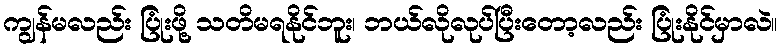
ကျွန်မလည်း ပြုံးဖို့ သတိမရနိုင်ဘူး၊ ဘယ်လိုလုပ်ပြီးတော့လည်း ပြုံးနိုင်မှာလဲ။